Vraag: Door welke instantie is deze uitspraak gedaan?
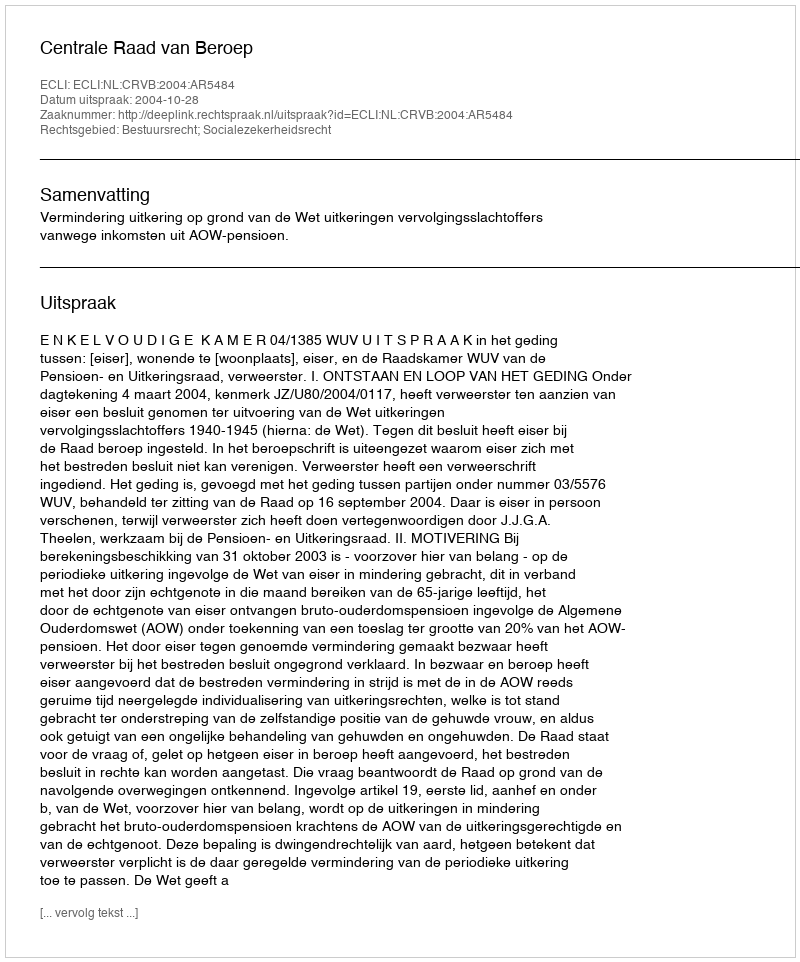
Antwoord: Centrale Raad van Beroep